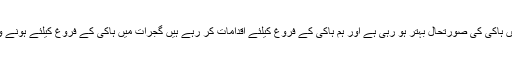
انہوں نے کہا کہ پاکستان میں ہاکی کی صورتحال بہتر ہو رہی ہے اور ہم ہاکی کے فروغ کیلئے اقدامات کر رہے ہیں گجرات میں ہاکی کے فروغ کیلئے ہونے والی کاوشیں قابل تحسین ہیں۔